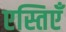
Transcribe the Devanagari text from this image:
एस्तिएँ